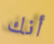
أنك